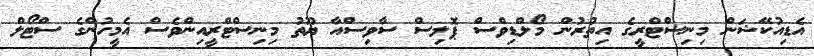
އެޑިއުކޭޝަން މިނިސްޓްރީގެ އިތުރުން މޯލްޑިވްސް ޕޮލިސް ސާވިސްއާ ޔޫތު މިނިސްޓްރީއިންވެސް އެމީހުންގެ ސްޓޯލް